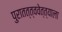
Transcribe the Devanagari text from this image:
पुरातत्त्ववेत्त्याला